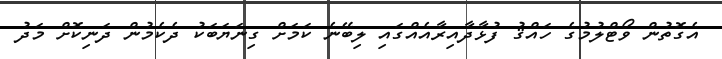
އެގޮތުން ވޯޓްލުމުގެ ހައްޤު ފުޅާދާއިރާއެއްގައި ލިބޭނެ ކަމަށް ގިނަޔަބަކު ދެކެމުން ދަނިކޮށް މަދު